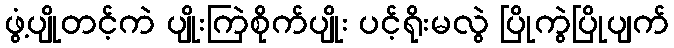
ဖွံ့ပျိုတင့်ကဲ ပျိုးကြဲစိုက်ပျိုး ပင့်ရိုးမလွဲ ပြိုကွဲပြိုပျက်